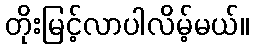
တိုးမြင့်လာပါလိမ့်မယ်။